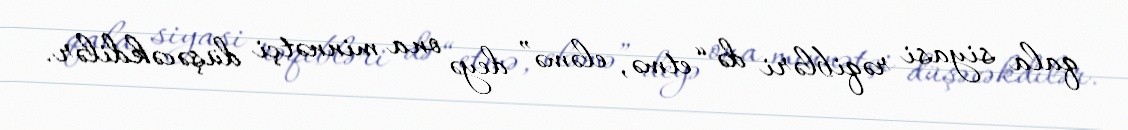
qala siyasi rəqibləri də “etmə, eləmə” deyə ona minnətçi düşəcəkdilər.